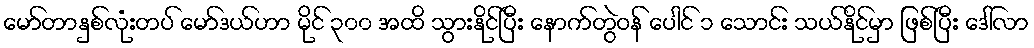
မော်တာနှစ်လုံးတပ် မော်ဒယ်ဟာ မိုင် ၃၀၀ အထိ သွားနိုင်ပြီး နောက်တွဲဝန် ပေါင် ၁ သောင်း သယ်နိုင်မှာ ဖြစ်ပြီး ဒေါ်လာ